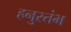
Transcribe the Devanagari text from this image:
हनुस्तंभ